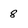
Character: 8